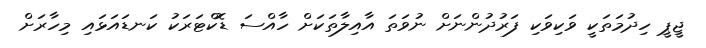
ޖީޕީ ހިދުމަތަކީ ވަކިވަކި ފަރުދުންނަށް ނުވަތަ އާއިލާތަކަށް ހާއްސަ ޑޮކްޓަރަކު ކަނޑައަޅައި މިހާރަށް